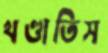
খণ্ডাতিস